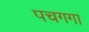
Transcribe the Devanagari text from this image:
पचगगा